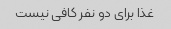
غذا برای دو نفر کافی نیست